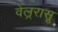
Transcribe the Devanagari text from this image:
वेल्ररासू